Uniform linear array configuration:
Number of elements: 16
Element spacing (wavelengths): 1
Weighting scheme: uniform
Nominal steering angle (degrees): -30
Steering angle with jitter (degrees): -30.904
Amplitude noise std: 0.05
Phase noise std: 0.05

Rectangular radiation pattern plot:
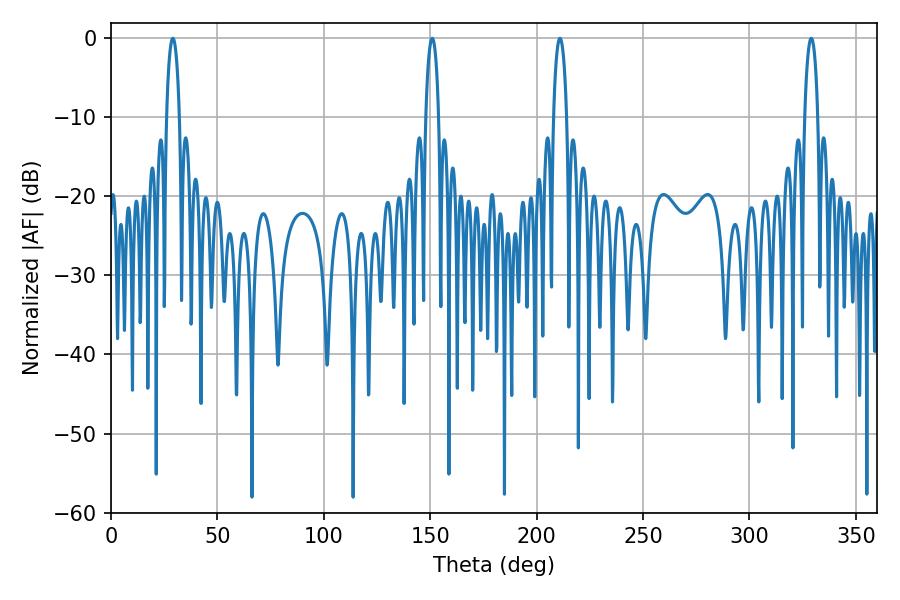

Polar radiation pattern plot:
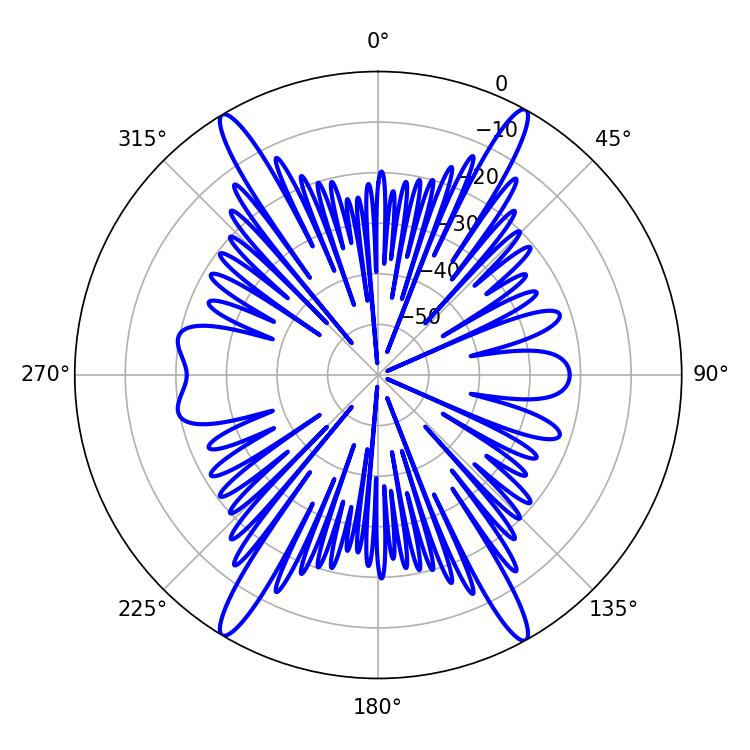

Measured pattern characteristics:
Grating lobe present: TRUE
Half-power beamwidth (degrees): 3.6
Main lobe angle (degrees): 210.96